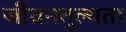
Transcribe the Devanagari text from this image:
जीवनतुल्यता